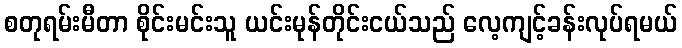
စတုရမ်းမီတာ စိုင်းမင်းသူ ယင်းမုန်တိုင်းငယ်သည် လေ့ကျင့်ခန်းလုပ်ရမယ်